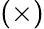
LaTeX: (\times)